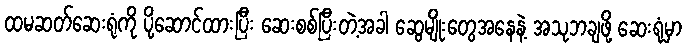
ထမဆတ်ဆေးရုံကို ပို့ဆောင်ထားပြီး ဆေးစစ်ပြီးတဲ့အခါ ဆွေမျိုးတွေအနေနဲ့ အသုဘချဖို့ ဆေးရုံမှာ